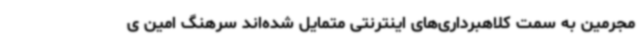
مجرمین به سمت کلاهبرداری‌های اینترنتی متمایل شده‌اند سرهنگ امین ی